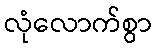
လုံလောက်စွာ